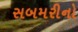
સબમરીનો